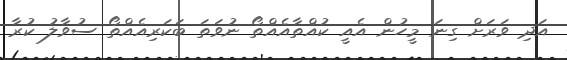
އަދި ވަރަށް ގިނަ މީހުން އެއީ ކުއްތާއެއްތޯ ނުވަތަ ބަކަރިއެއްތޯ ސުވާލު ކުރާ